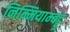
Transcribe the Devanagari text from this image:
निम्मियाम्बट्टू